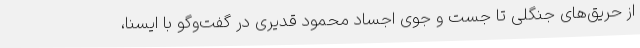
از حریق‌های جنگلی تا جست و جوی اجساد محمود قدیری در گفت‌وگو با ایسنا،